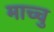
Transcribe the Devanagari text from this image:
माच्चु